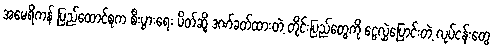
အမေရိကန် ပြည်ထောင်စုက စီးပွားရေး ပိတ်ဆို့ ဒဏ်ခတ်ထားတဲ့ တိုင်းပြည်တွေကို ငွေလွှဲပြောင်းတဲ့ လုပ်ငန်းတွေ